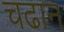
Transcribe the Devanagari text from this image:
चढान